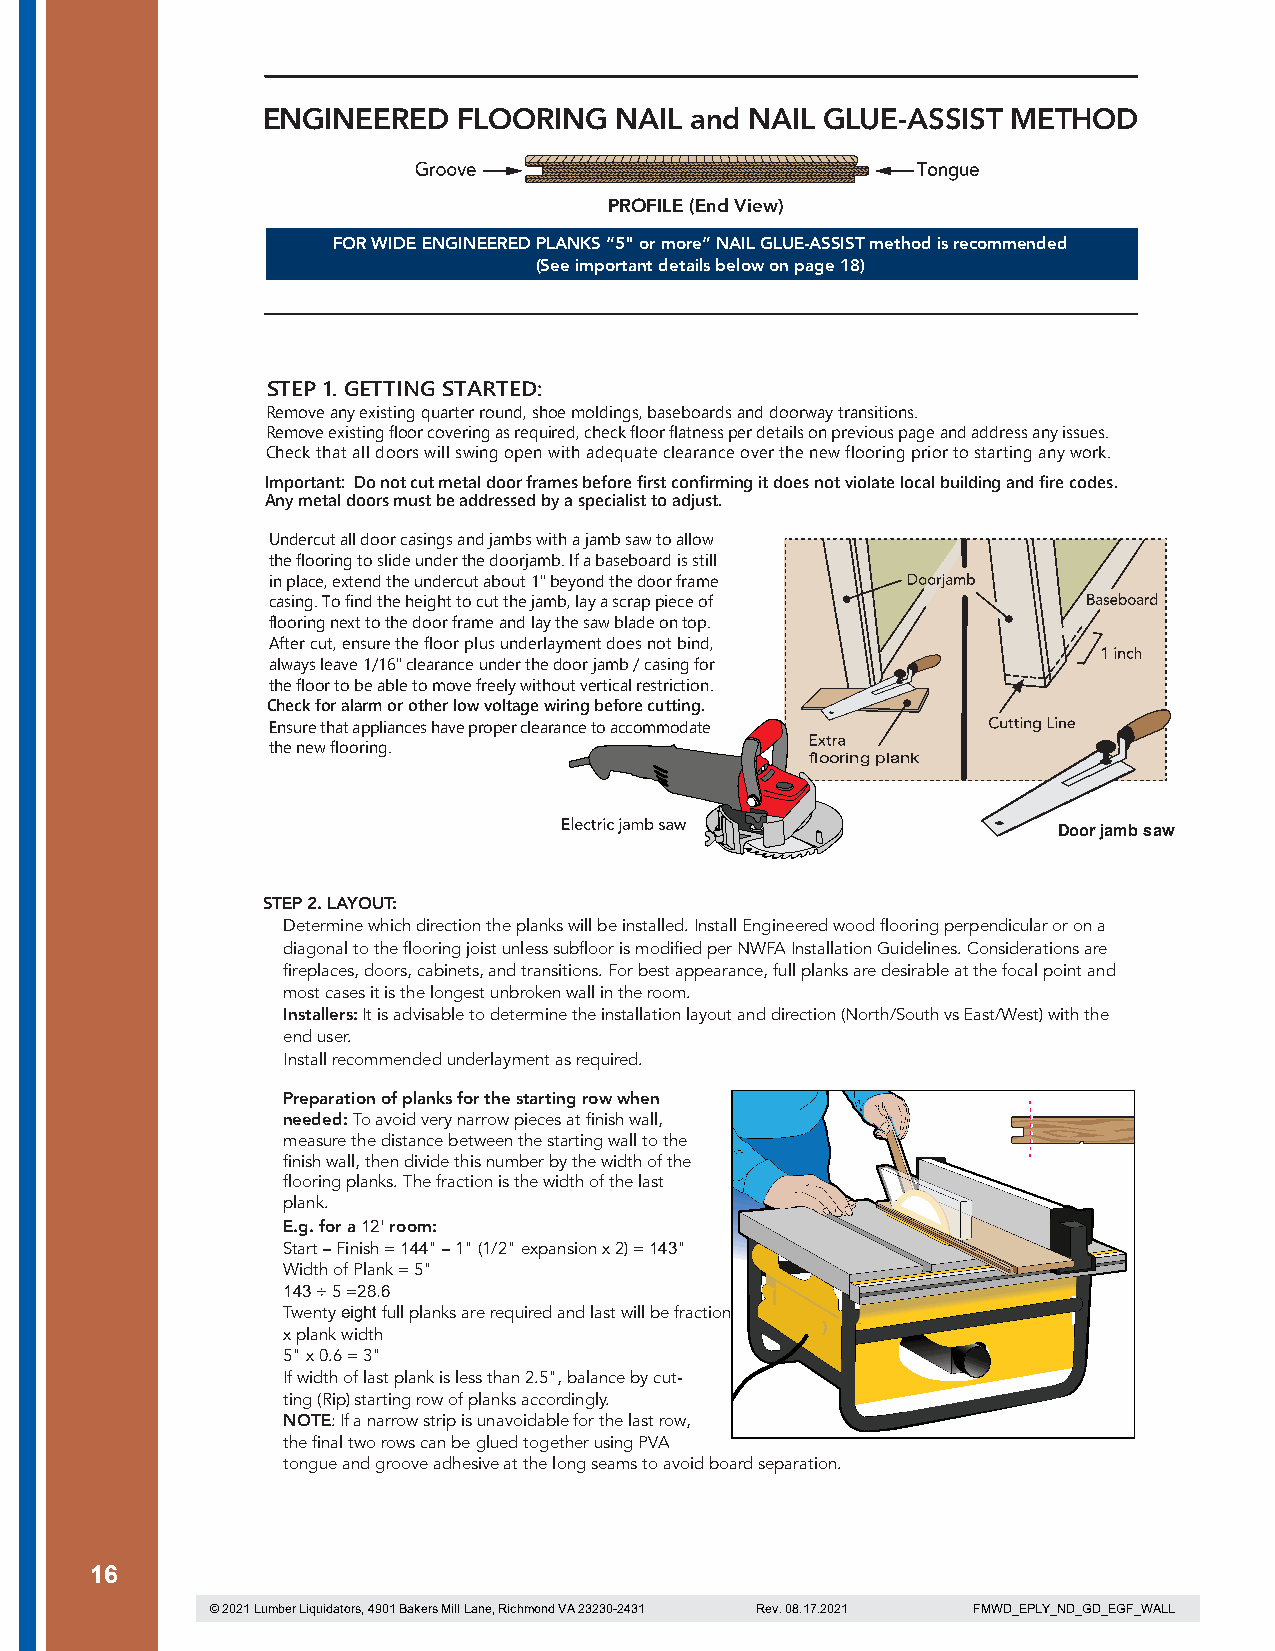
ENGINEERED   FLOORING   NAIL and NAIL GLUE-ASSIST METHOD
 PROFILE (End View)
 FOR WIDE ENGINEERED PLANKS “5" or more” NAIL GLUE-ASSIST method is recommended
 (See important details below on page 18)
 STEP 1. GETTING STARTED:
 Remove any existing quarter round, shoe moldings, baseboards and doorway transitions.
 Remove existing floor covering as required, check floor flatness per details on previous page and address any issues.
 Check that all doors will swing open with adequate clearance over the new flooring prior to starting any work.
 Important: Do not cut metal door frames before first confirming it does not violate local building and fire codes.
 Any metal doors must be addressed by a specialist to adjust.
 Undercut all door casings and jambs with a jamb saw to allow
 the flooring to slide under the doorjamb. If a baseboard is still
 in place, extend the undercut about 1" beyond the door frame
 casing. To find the height to cut the jamb, lay a scrap piece of
 flooring next to the door frame and lay the saw blade on top.
 After cut, ensure the floor plus underlayment does not bind,
 always leave 1/16" clearance under the door jamb / casing for
 the floor to be able to move freely without vertical restriction.
 Check for alarm or other low voltage wiring before cutting.
 Ensure that appliances have proper clearance to accommodate
 the new flooring.
 flooring plank
 Door jamb saw
 STEP 2. LAYOUT:
 Determine which direction the planks will be installed. Install Engineered wood flooring perpendicular or on a
 diagonal to the flooring joist unless subfloor is modified per NWFA Installation Guidelines. Considerations are
 fireplaces, doors, cabinets, and transitions. For best appearance, full planks are desirable at the focal point and
 most cases it is the longest unbroken wall in the room.
 Installers: It is advisable to determine the installation layout and direction (North/South vs East/West) with the
 end user.
 Install recommended underlayment as required.
 Preparation of planks for the starting row when
 needed: To avoid very narrow pieces at finish wall,
 measure the distance between the starting wall to the
 finish wall, then divide this number by the width of the
 flooring planks. The fraction is the width of the last
 plank.
 E.g. for a 12' room:
 Start – Finish = 144" – 1" (1/2" expansion x 2) = 143"
 Width of Plank = 5"
 143 ÷ 5 =28.6
 Twenty eight full planks are required and last will be fraction
 x plank width
 5" x 0.6 = 3"
 If width of last plank is less than 2.5", balance by cut-
 ting (Rip) starting row of planks accordingly.
 NOTE: If a narrow strip is unavoidable for the last row,
 the final two rows can be glued together using PVA
 tongue and groove adhesive at the long seams to avoid board separation.
 16
 © 2021 Lumber Liquidators, 4901 Bakers Mill Lane, Richmond VA 23230-2431 Rev. 08.17.2021 FMWD_EPLY_ND_GD_EGF_WALL